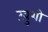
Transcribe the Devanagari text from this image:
खु़शी